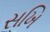
સખિ